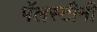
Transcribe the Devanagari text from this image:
पॅलस्टीनी